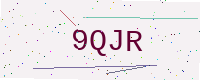
Text: 9QJR